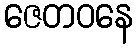
ဇေတဝနေ